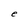
Character: e